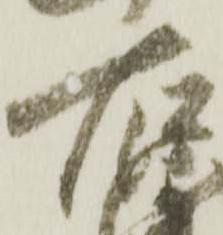
右